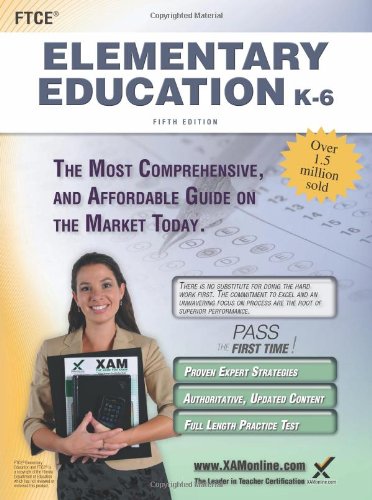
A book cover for FTCE Elementary Education K-6 Teacher Certification Study Guide Test Prep; Sharon A Wynne; Test Preparation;